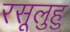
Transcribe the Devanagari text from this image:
रसूलुहु